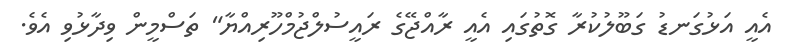
އެއީ އަޅުގަނޑު ގަބޫލުކުރާ ގޮތުގައި އެއީ ރާއްޖޭގެ ރައީސުލްޖުމްހޫރިއްޔާ" ތަސްމީން ވިދާޅުވި އެވެ.